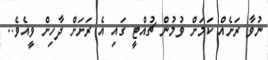
ނުވާ ރަށެއް ކަމަށް ވުމުން ޗުއްޓީ ގައި އެ ރަށަށް ދާހިށް ވީއެވެ..